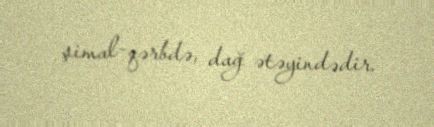
şimal-qərbdə, dağ ətəyindədir.